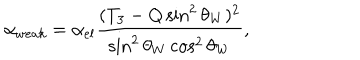
\alpha _ { w e a k } = \alpha _ { e l } \frac { ( T _ { 3 } - Q \sin ^ { 2 } \theta _ { W } ) ^ { 2 } } { \sin ^ { 2 } \theta _ { W } \cos ^ { 2 } \theta _ { W } } ,